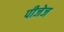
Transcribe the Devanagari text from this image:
पीजेज